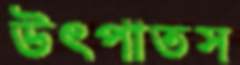
উৎপাতস